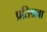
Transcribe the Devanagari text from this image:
प्रतिश्रवा